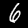
Digit: 6